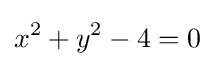
x^{2}+y^{2}-4=0